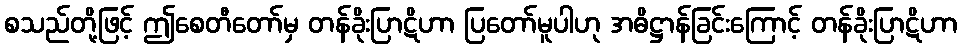
စသည်တို့ဖြင့် ဤစေတီတော်မှ တန်ခိုးပြာဋိဟာ ပြတော်မူပါဟု အဓိဋ္ဌာန်ခြင်းကြောင့် တန်ခိုးပြာဋိဟာ